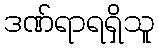
ဒဏ်ရာရရှိသူ